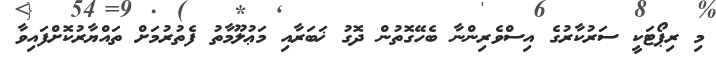
މި ރިޕޯޓަކީ ސަރުކާރުގެ އިސްވެރިންނާ ބެހޭގޮތުން ދޮގު ޚަބަރާއި މަޢުލޫމާތު ފެތުރުމަށް ތައްޔާރުކޮށްފައިވާ